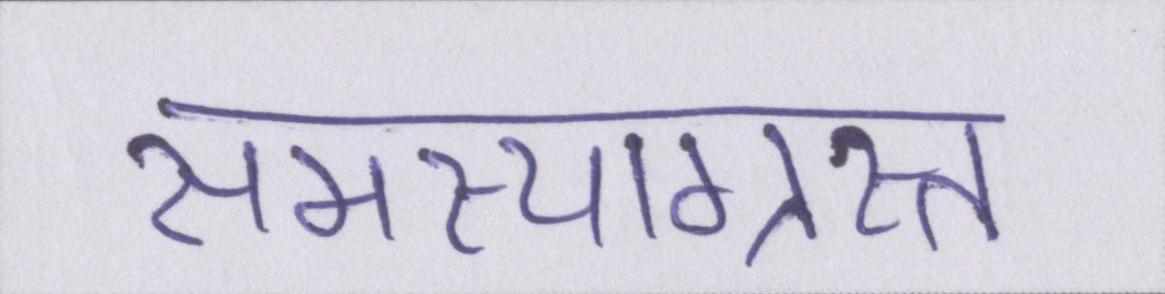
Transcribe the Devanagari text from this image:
समस्याग्रस्त